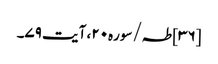
[۳۶] طہ/سوره۲۰، آیت ۷۹۔